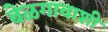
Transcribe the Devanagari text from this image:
बेळगावाशी